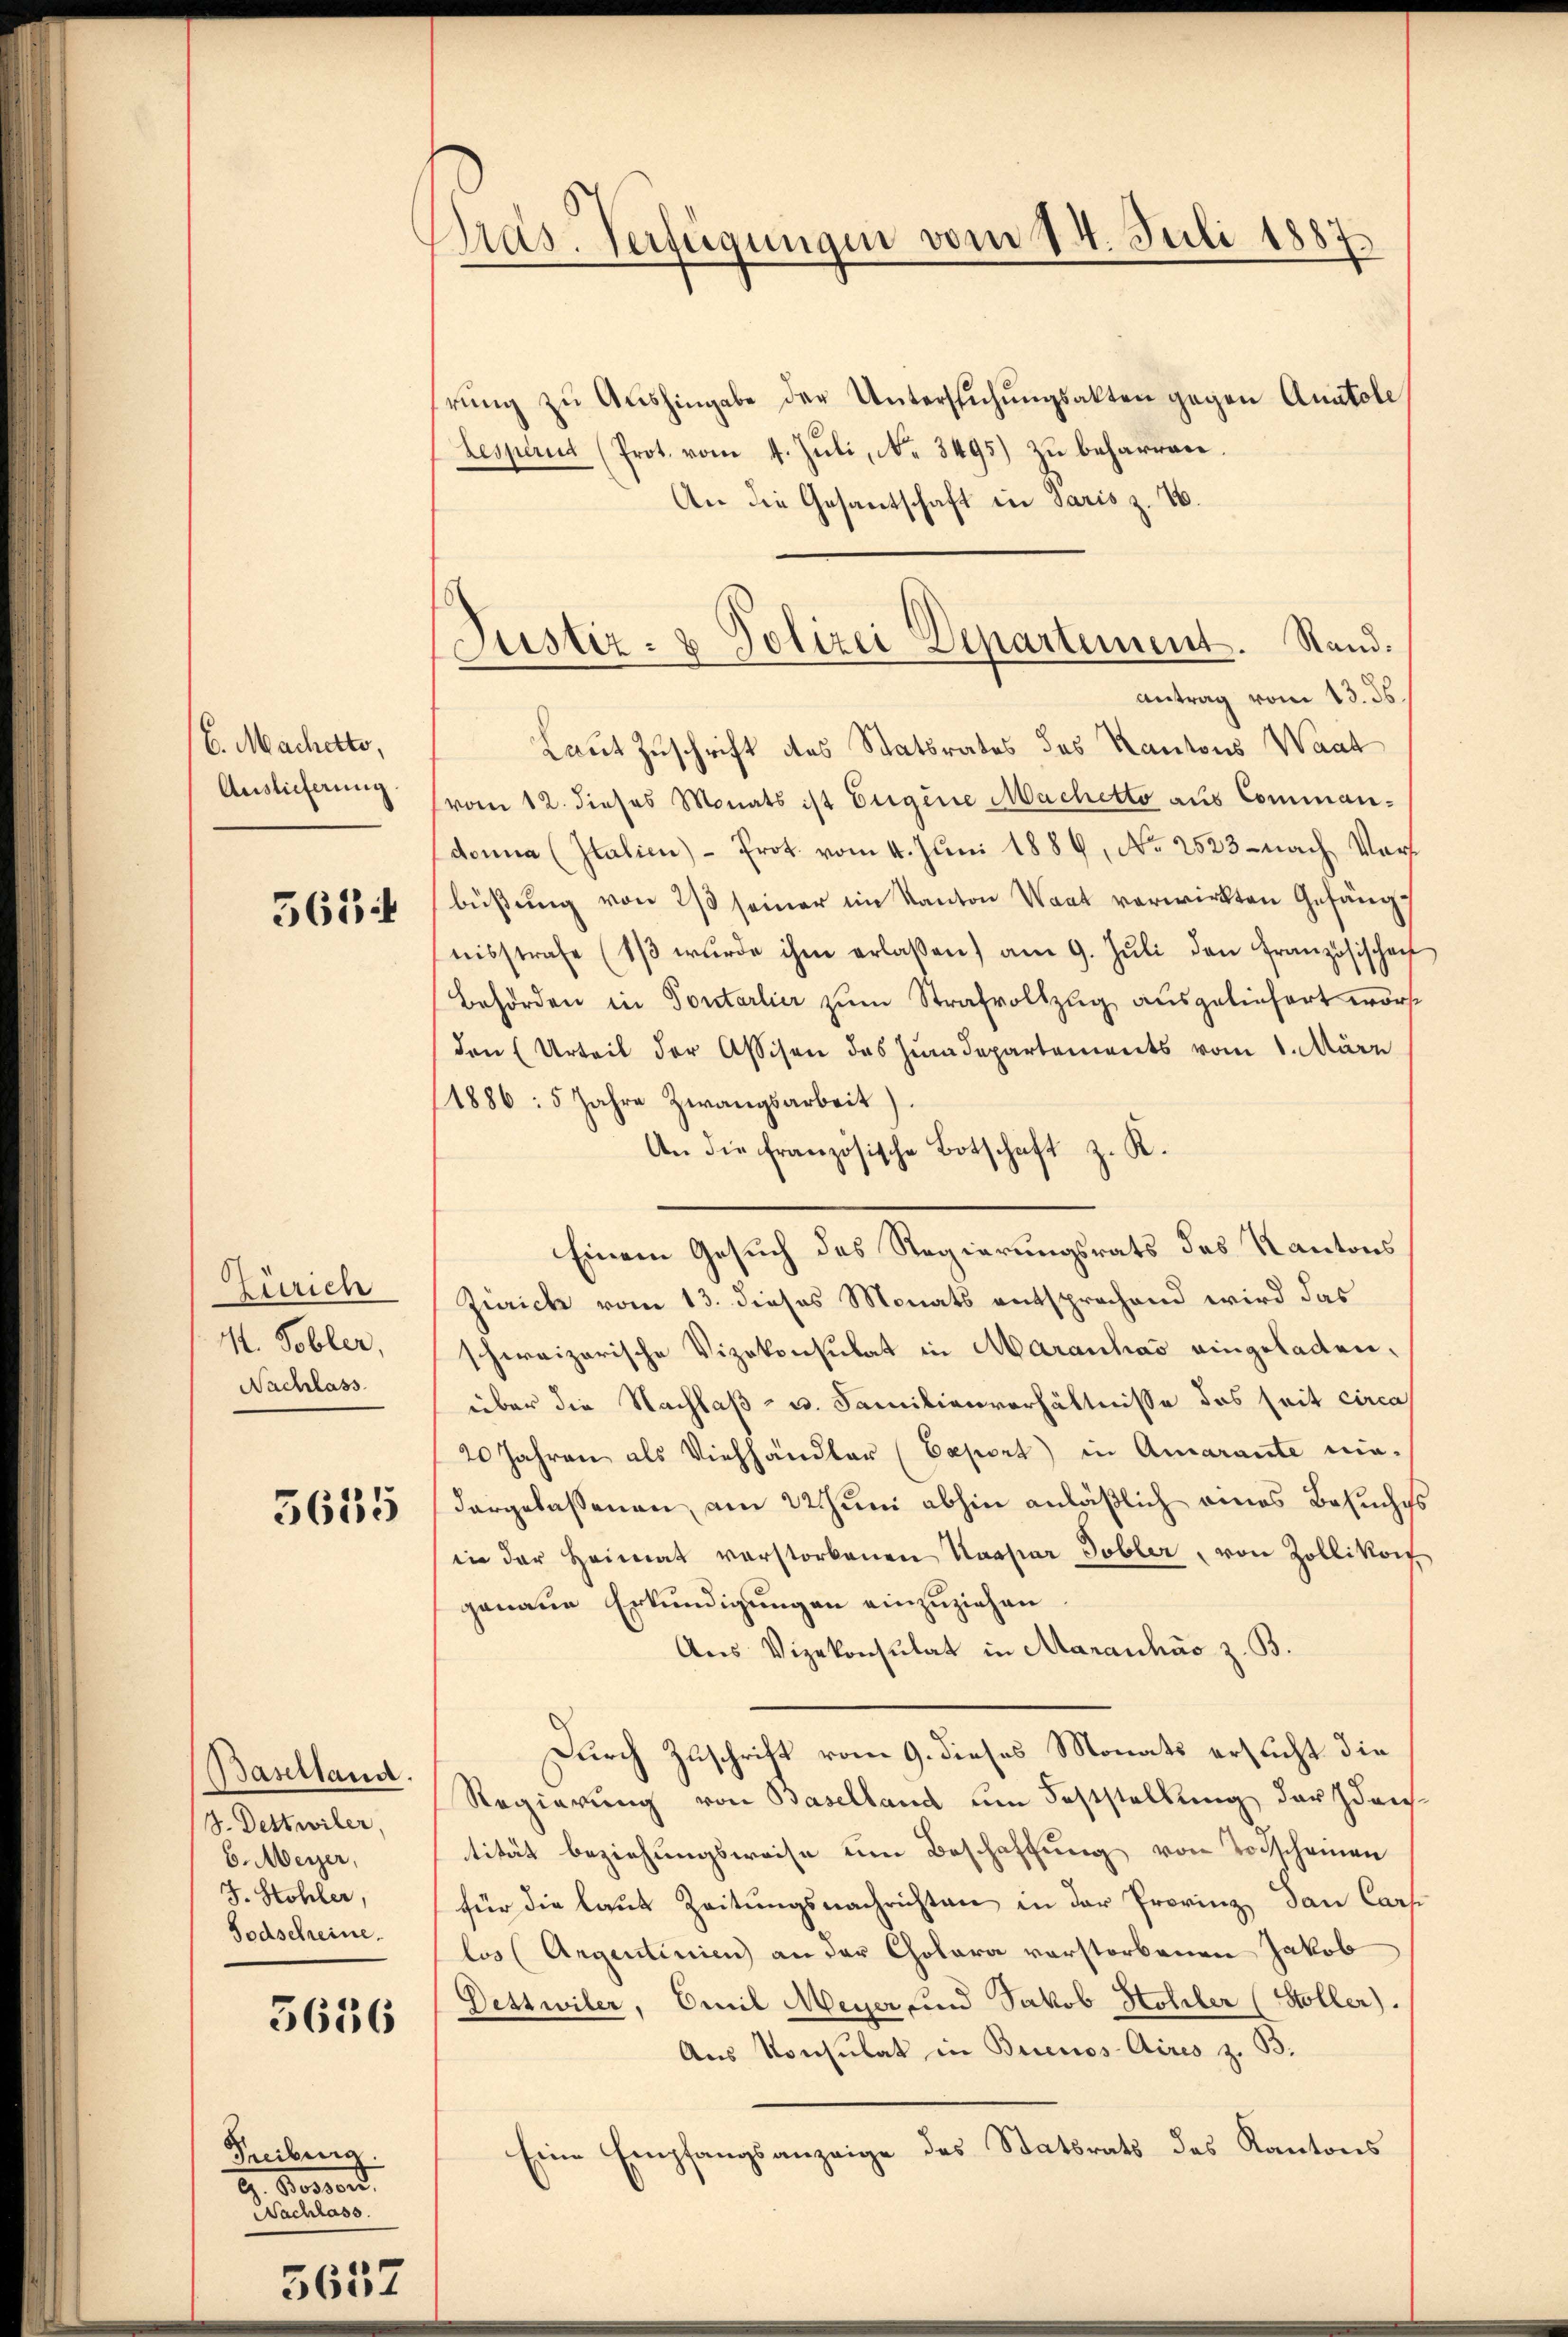
C. Machetto,
Auslieferung
5654

Zürich
1. Tobler,
Nachlass

3635

Baselland.
3. Dettwiler,
6. Meyer,
J. Stohler,
Todschreine.

3636

Treiburg.
G. Bossard
Nachlass

5657

Pras. Verfügungen vom 14. Juli 1887.

rŭng zŭ Aŭshingabe der Untersŭchŭngsakten gegen Anatole
Lesperit (Prot. vom 4. Juli, No. 3495) zu beharren.
An die Gesantschaft in Paris z. B.
Antrag vom 13. ds.
Laut Zuschrift des Statsrates des Kantons Waat
vom 12. dieses Monats ist Eugene Machetto aus Commandonia (Italien) - Prot. vom 4. Juni 1889, No 2523 - nach Vors
büßung von 2/3 seiner im Kanton Wart verwirkten Gefäng
nisstrafe (13 wŭrde ihm erlaßen) am 9. Jŭli den Französischen
Behörden in Tontarlier zum Strafvollzug ausgeliefert worst
den (Urteil der Assisen des Zuradepartements vom 1. März
(1886: 5 Jahre Zwangsarbeit).
An die französische Botschaft z. K.
Einem Gesuch des Regierungsrats des Kantons
Zürich vom 13. dieses Monats entsprachend wird das
schweizerische Vizekonsulat in Maranhas eingeladen,
über die Nachlaß- u. Familienverhältnisse das seit circa
20 Jahren als Viehhändler (Caport) in Amarante nie-
dargelassenen, am 22 Juni abhin anläßlich eines Besuches
in der Heimat verstorbenen Kaspar Tobler, von Zollikon
genaue Erkundigungen einzuziehen.
Aus Vizekonsulat in Maranhás z. B.
Durch Zuschrift vom 9. dieses Monats ersucht die
Regierung von Baselland um Feststellung der Iden
tität beziehungsweise um Beschaftung von Todscheinen
für die laut Zeitungsnachrichten in der Provinz dann Cars
los (Argentinien an der Cholara verstorbenen Jakob
Detzwiler, Emil Meyer, und Jakob Höhler (Stoller).
Aus Konsulat in Buenos-Aires z. B.
Eine Empfangsanzeige des Statsrats des Kantons

Justiz- & Polizei Departement. Stand.